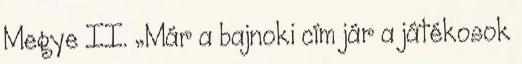
Megye II. „Már a bajnoki cím jár a játékosok